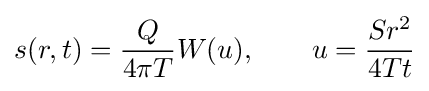
s(r,t)={Q \over 4\pi T}W(u),\qquad u={Sr^{2} \over 4Tt}